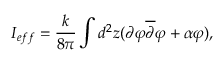
I _ { e f f } = \frac { k } { 8 \pi } \int d ^ { 2 } z ( \partial \varphi \overline { { { \partial } } } \varphi + \alpha \varphi ) ,